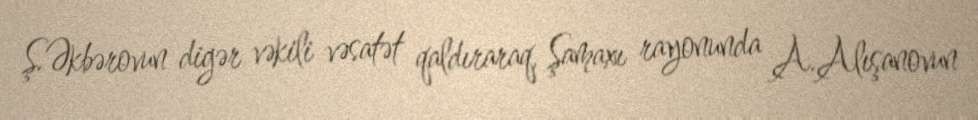
Ş.Əkbərovun digər vəkili vəsatət qaldıraraq, Şamaxı rayonunda A.Alışanovun